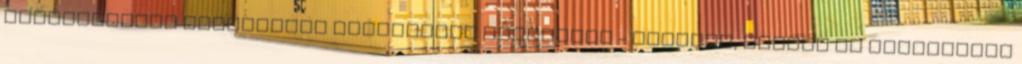
Hippokratész mindenféle fájdalomra ajánlotta - jogosan, hiszen az ibolyaolaj